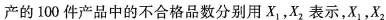
产的100件产品中的不合格品数分别用X_{1}，X_{2}表示，X_{1}，X_{2}